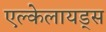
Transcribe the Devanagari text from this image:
एल्केलायड्स